Problem: 4 + 5 = ?
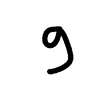
Handwritten answer: 9